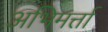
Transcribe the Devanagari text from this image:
अभिमर्त्ता